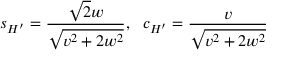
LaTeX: s _ { H ^ { \prime } } = { \frac { \sqrt { 2 } w } { \sqrt { v ^ { 2 } + 2 w ^ { 2 } } } } , \, \, \, \, c _ { H ^ { \prime } } = { \frac { v } { \sqrt { v ^ { 2 } + 2 w ^ { 2 } } } }